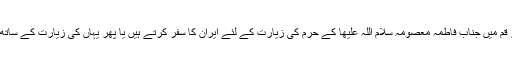
واضح رہے کہ سالانہ لاکھوں پاکستانی زائرین مشہد مقدس میں امام رضا علیہ السلام اور قم میں جناب فاطمہ معصومہ سلام اللہ علیھا کے حرم کی زیارت کے لئے ایران کا سفر کرتے ہیں یا پھر یہاں کی زیارت کے ساتھ ساتھ ایران کے راستے ہی عراق کے بھی مقدس مقامات کی زیارت کے لئے جاتے ہیں۔